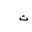
Letter: _tha